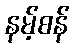
နမ့်စန်